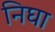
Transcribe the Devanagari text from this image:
निघा